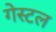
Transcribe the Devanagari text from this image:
गेस्टल